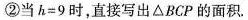
②当 $$h = 9$$ 时，直接写出△BCP的面积.